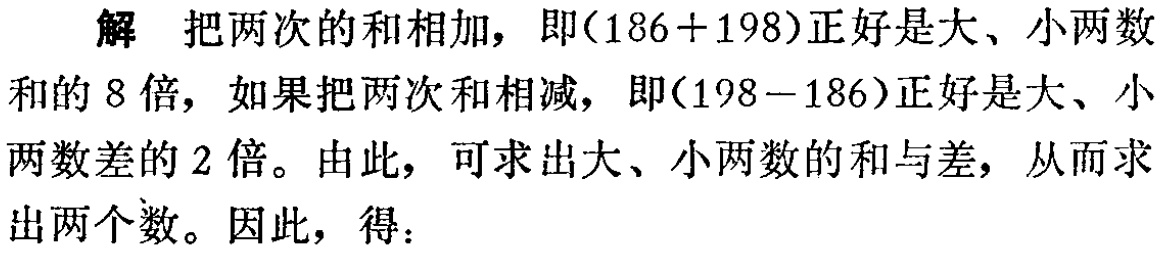
解 把两次的和相加，即\((186 + 198)\)正好是大、小两数和的 8 倍，如果把两次和相减，即\((198 - 186)\)正好是大、小两数差的 2 倍。由此，可求出大、小两数的和与差，从而求出两个数。因此，得：